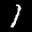
Label: 1